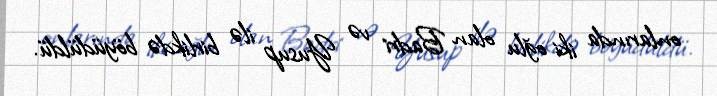
onlarında iki oğlu olan Badri və Yusup ilə birlikdə böyüdüldü.